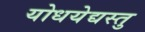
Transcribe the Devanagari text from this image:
योधयेद्यस्तु